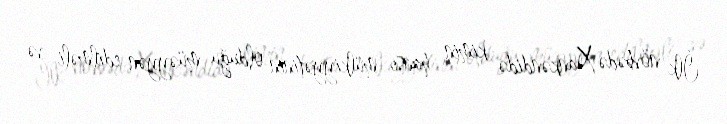
İlk növbədə Xankəndidə kimin hansı mülkiyyətinin olduğu müəyyən edilməli və